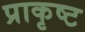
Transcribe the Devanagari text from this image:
प्राकृष्ट